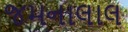
જમનાલાલ